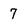
Character: 7